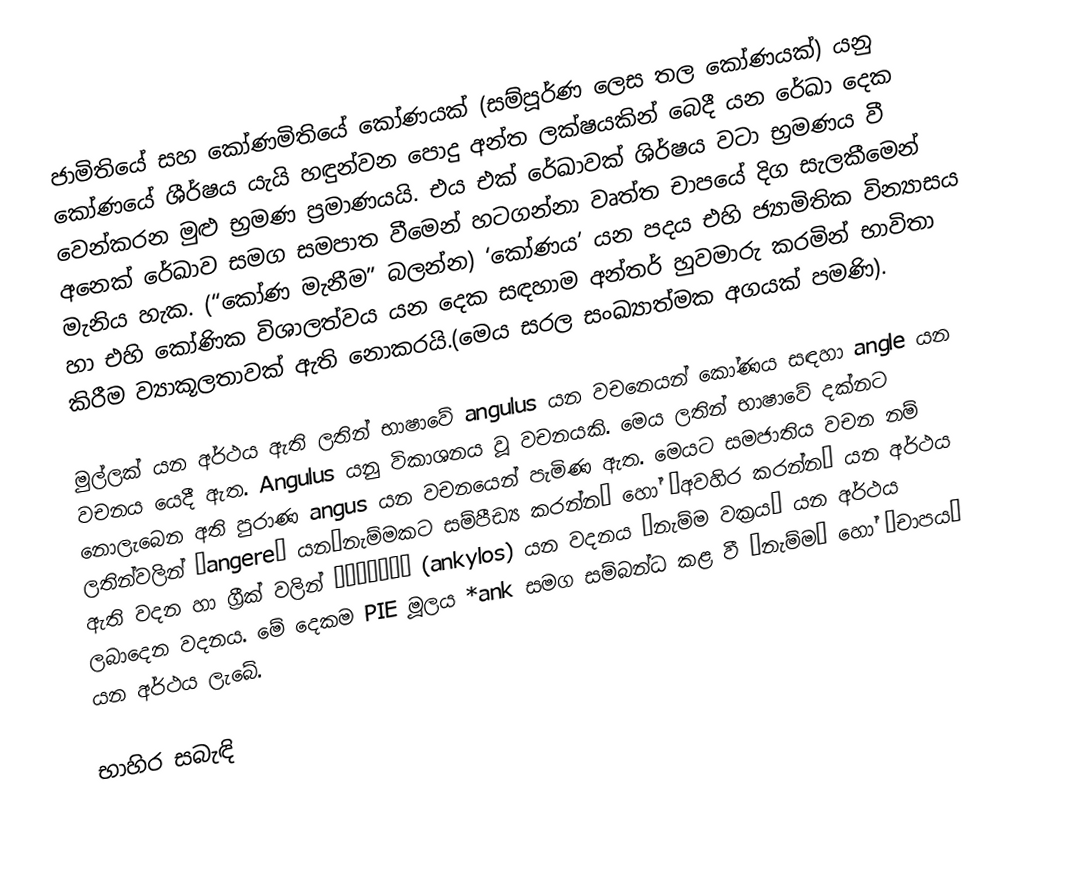
ජාමිතියේ සහ කෝණමිතියේ කෝණයක් (සම්පූර්ණ ලෙස තල කෝණයක්) යනු කෝණයේ ශීර්ෂය යැයි හඳුන්වන පොදු අන්ත ලක්ෂයකින් බෙදී යන රේඛා දෙක වෙන්කරන මුළු භ්‍රමණ ප්‍රමාණයයි. එය එක් රේඛාවක් ශිර්ෂය වටා භ්‍රමණය වී අනෙක් රේඛාව සමග සමපාත වීමෙන් හටගන්නා වෘත්ත චාපයේ දිග සැලකීමෙන් මැනිය හැක. (“කෝණ මැනීම” බලන්න) ‘කෝණය’ යන පදය එහි ජ්‍යාමිතික වින්‍යාසය හා එහි කෝණික විශාලත්වය යන දෙක සඳහාම අන්තර් හුවමාරු කරමින් භාවිතා කිරීම ව්‍යාකූලතාවක් ඇති නොකරයි.(මෙය සරල සංඛ්‍යාත්මක අගයක් පමණි).

මුල්ලක් යන අර්ථය ඇති ලතින් භාෂාවේ angulus යන වචන‍ෙයන් කෝණය සඳහා angle යන වචනය යෙදී ඇත. Angulus යනු විකාශනය වූ වචනයකි‍. මෙය ලතින් භාෂාවේ දක්නට නොලැබෙන අති පුරාණ angus යන වචනයෙන් පැමිණ ඇත. මෙයට සමජාතිය වචන නම් ලතින්වලින් ‘angere’ යන‘නැම්මකට සම්පීඩ්‍ය කරන්න’ හෝ ‘අවහිර කරන්න’ යන අර්ථය ඇති වදන හා ග්‍රීක් වලින් ἀγκύλος (ankylos) යන වදනය “නැම්ම වක්‍රය” යන අර්ථය ලබාදෙන වදනය. මේ දෙකම PIE මූලය *ank සමග සම්බන්ධ කළ වී “නැම්ම” හෝ “චාපය” යන අර්ථය ලැබේ.

භාහිර සබැඳි